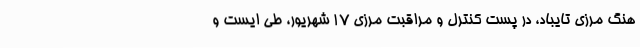
هنگ مرزی تایباد، در پست کنترل و مراقبت مرزی 17 شهریور، طی ایست و